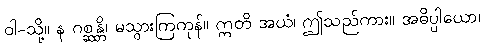
ဝါ-သို့။ န ဂစ္ဆန္တိ၊ မသွားကြကုန်။ ဣတိ အယံ၊ ဤသည်ကား။ အဓိပ္ပါယော၊